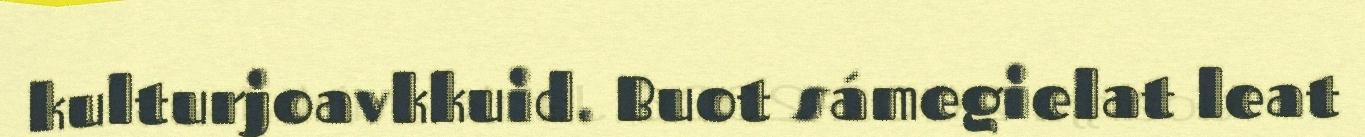
kulturjoavkkuid. Buot sámegielat leat